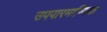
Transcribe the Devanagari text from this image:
उपपारमाण्विक